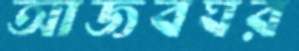
আজবঘর